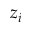
z _ { i }